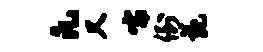
凡又嚅倒苑